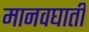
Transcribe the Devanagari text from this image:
मानवघाती